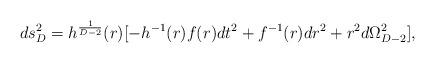
LaTeX: \begin{align*}ds^2_D=h^{1\over{D-2}}(r)[-h^{-1}(r)f(r)dt^2+f^{-1}(r)dr^2+r^2d\Omega^2_{D-2}],\end{align*}